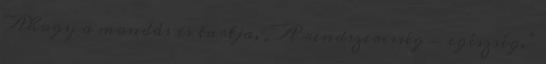
Ahogy a mondás is tartja, „A rendszeresség - egészség.”